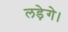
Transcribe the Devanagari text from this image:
लड़ेगे।